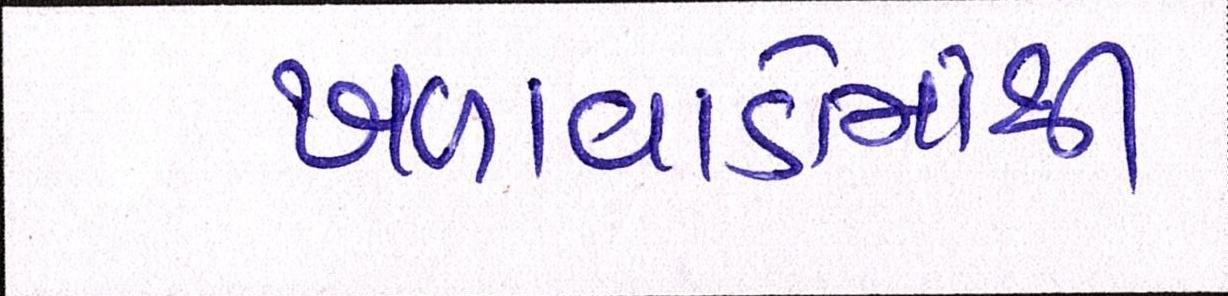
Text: ખળાવાડોમાંથી